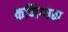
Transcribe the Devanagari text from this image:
कणिग्यन